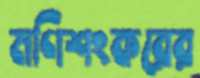
মণিশংকরের